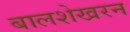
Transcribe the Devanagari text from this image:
बालशेखरन